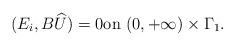
LaTeX: \begin{align*} (E_i, B\widehat U) =0\hbox{on } (0, +\infty)\times \Gamma_1.\end{align*}